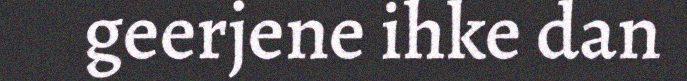
geerjene ihke dan